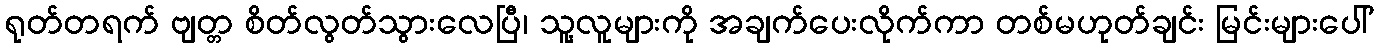
ရုတ်တရက် ဗျတ္တ စိတ်လွတ်သွားလေပြီ၊ သူ့လူများကို အချက်ပေးလိုက်ကာ တစ်မဟုတ်ချင်း မြင်းများပေါ်